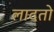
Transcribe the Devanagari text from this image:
लादतो